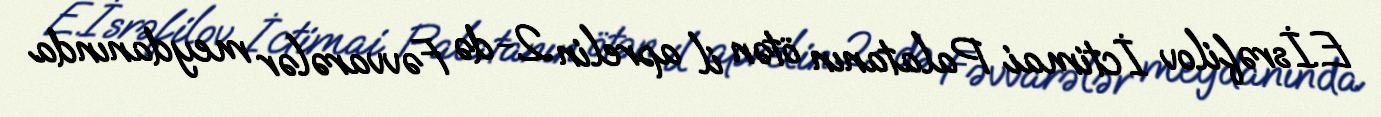
E.İsrəfilov İctimai Palatanın ötən il aprelin 2-də Fəvvarələr meydanında